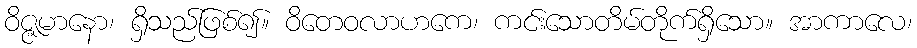
ဝိဇ္ဇမာနော၊ ရှိသည်ဖြစ်၍။ ဝိတေဝလာဟကေ၊ ကင်းသောတိမ်တိုက်ရှိသော။ အာကာလေ၊